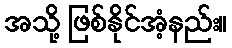
အသို့ ဖြစ်နိုင်အံ့နည်း။